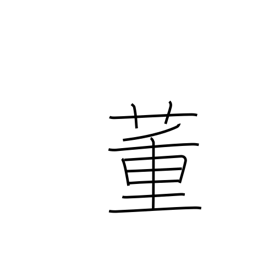
Meaning: correct